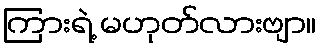
ကြားရဲ့ မဟုတ်လားဗျာ။